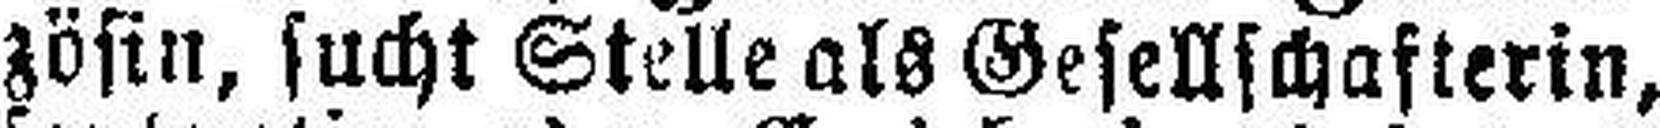
zösin, sucht Stelle als Gesellschafterin,